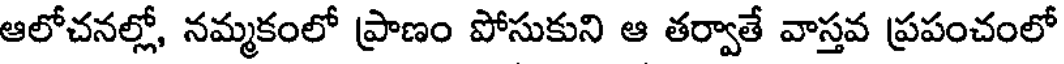
ఆలోచనల్లో, నమ్మకంలో ప్రాణం పోసుకుని ఆ తర్వాతే వాస్తవ ప్రపంచంలో